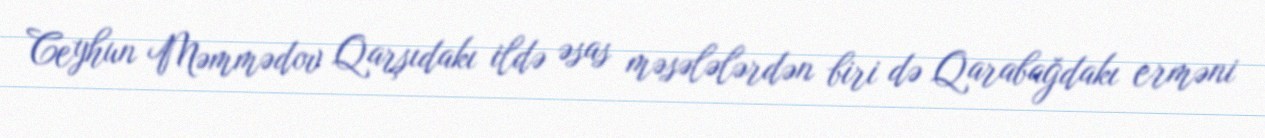
Ceyhun Məmmədov Qarşıdakı ildə əsas məsələlərdən biri də Qarabağdakı erməni